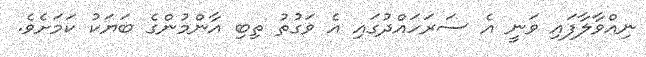
ނިއްވާލާފައި ވަނީ އެ ސަރަހައްދުގައި އެ ވަގުތު ތިބި އާންމުންގެ ބަޔަކު ކަމަށެވެ.